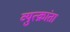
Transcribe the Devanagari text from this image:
व्युत्क्रांता